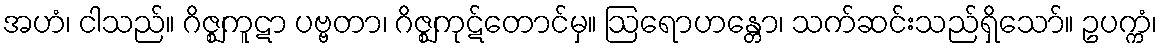
အဟံ၊ ငါသည်။ ဂိဇ္ဈကူဋာ ပဗ္ဗတာ၊ ဂိဇ္ဈကုဋ်တောင်မှ။ ဩရောဟန္တော၊ သက်ဆင်းသည်ရှိသော်။ ဥပက္ကံ၊